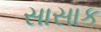
સાસાક